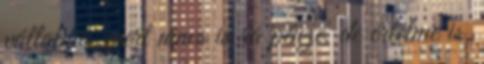
vállalnia, mert nincs is rá pénze, de értelme is.